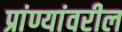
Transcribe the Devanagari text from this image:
प्रांण्यांवरील